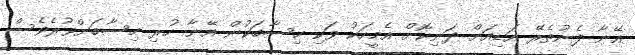
އޭނާ ފެނުތެރޭ އަޑިއަށް ދަނިކޮށް އެމީހަކު ވަކި ހިސާބަކުން އޭނާ ހުރި ހިސާބަށްވުރެވެސް